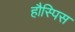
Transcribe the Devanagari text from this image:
हौस्पिस